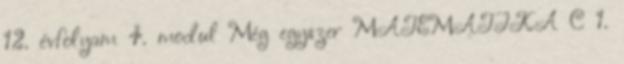
12. évfolyam 4. modul Még egyszer MATEMATIKA C 1.